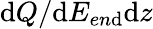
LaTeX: \mathrm{d}Q/\mathrm{d}E_{en\mathrm{d}}\mathrm{d}z